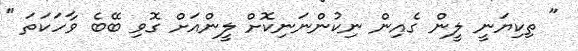
" ތިކިޔަނީ ލީން ގެއިން ނިކުންނަނިކޮށް ލީންއަށް ގޮވި ބޭބެ ވާހަކަތަ "